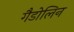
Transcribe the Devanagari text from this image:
गैडोलिन